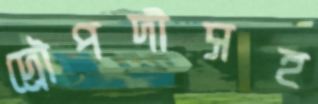
দ্রৌপদীসহ